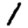
Digit: 1